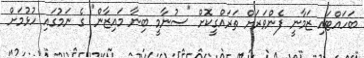
ބަހައްޓައި ޒަމާނީ ފެންވަރަށް ތަރައްގީކޮށް "ސުނާމީ ބިނާ މައިޒާން" ގެ ނަމުގައި ހުޅުމަށް